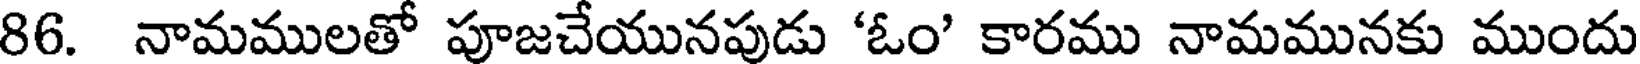
86. నామములతో పూజచేయునపుడు 'ఓం' కారము నామమునకు ముందు